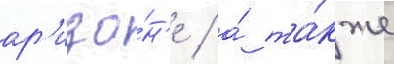
ар'изо́н'е / а́ та́кже